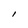
Character: l